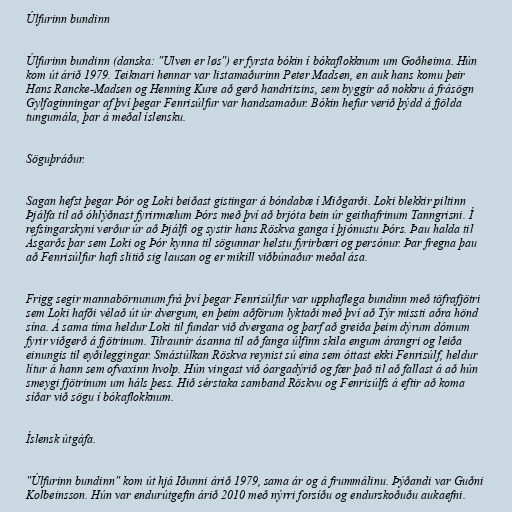
Úlfurinn bundinn

Úlfurinn bundinn (danska: "Ulven er løs") er fyrsta bókin í bókaflokknum um Goðheima. Hún
kom út árið 1979. Teiknari hennar var listamaðurinn Peter Madsen, en auk hans komu þeir
Hans Rancke-Madsen og Henning Kure að gerð handritsins, sem byggir að nokkru á frásögn
Gylfaginningar af því þegar Fenrisúlfur var handsamaður. Bókin hefur verið þýdd á fjölda
tungumála, þar á meðal íslensku.

Söguþráður.

Sagan hefst þegar Þór og Loki beiðast gistingar á bóndabæ í Miðgarði. Loki blekkir piltinn
Þjálfa til að óhlýðnast fyrirmælum Þórs með því að brjóta bein úr geithafrinum Tanngrisni. Í
refsingarskyni verður úr að Þjálfi og systir hans Röskva ganga í þjónustu Þórs. Þau halda til
Ásgarðs þar sem Loki og Þór kynna til sögunnar helstu fyrirbæri og persónur. Þar fregna þau
að Fenrisúlfur hafi slitið sig lausan og er mikill viðbúnaður meðal ása.

Frigg segir mannabörnunum frá því þegar Fenrisúlfur var upphaflega bundinn með töfrafjötri
sem Loki hafði vélað út úr dvergum, en þeim aðförum lyktaði með því að Týr missti aðra hönd
sína. Á sama tíma heldur Loki til fundar við dvergana og þarf að greiða þeim dýrum dómum
fyrir viðgerð á fjötrinum. Tilraunir ásanna til að fanga úlfinn skila engum árangri og leiða
einungis til eyðileggingar. Smástúlkan Röskva reynist sú eina sem óttast ekki Fenrisúlf, heldur
lítur á hann sem ofvaxinn hvolp. Hún vingast við óargadýrið og fær það til að fallast á að hún
smeygi fjötrinum um háls þess. Hið sérstaka samband Röskvu og Fenrisúlfs á eftir að koma
síðar við sögu í bókaflokknum.

Íslensk útgáfa.

"Úlfurinn bundinn" kom út hjá Iðunni árið 1979, sama ár og á frummálinu. Þýðandi var Guðni
Kolbeinsson. Hún var endurútgefin árið 2010 með nýrri forsíðu og endurskoðuðu aukaefni.